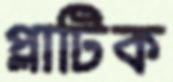
প্লাটিক